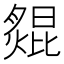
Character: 𦠺